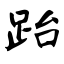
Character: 跆